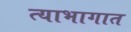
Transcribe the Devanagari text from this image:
त्याभागात